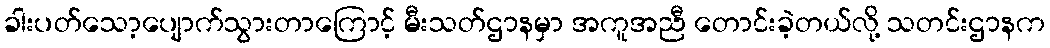
ခါးပတ်သော့ပျောက်သွားတာကြောင့် မီးသတ်ဌာနမှာ အကူအညီ တောင်းခဲ့တယ်လို့ သတင်းဌာနက